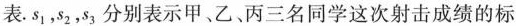
表。s_{1}，s_{2}，s_{3}分别表示甲、乙、丙三名同学这次射击成绩的标